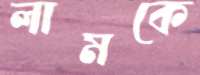
লামকে